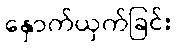
နှောက်ယှက်ခြင်း